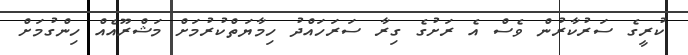
ކުރީގެ ސަރުކާރުން ވެސް އެ ރަށުގެ ގިރާ ސަރަހައްދު ހިމާޔަތްކުރުމަށް މަޝްރޫއެއް ހިންގުމަށް